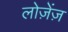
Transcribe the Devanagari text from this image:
लोज़ेंज़